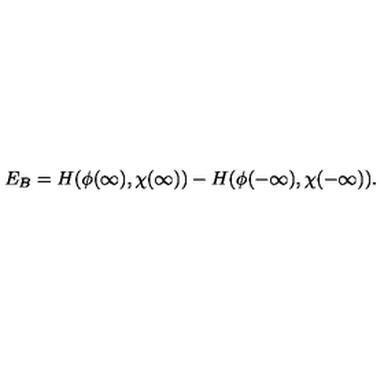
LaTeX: E _ { B } = H ( \phi ( \infty ) , \chi ( \infty ) ) - H ( \phi ( - \infty ) , \chi ( - \infty ) ) .